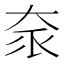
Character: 𡘎